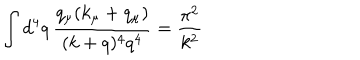
\int d ^ { 4 } q \, \frac { q _ { \mu } ( k _ { \mu } + q _ { \mu } ) } { ( k + q ) ^ { 4 } q ^ { 4 } } = \frac { \pi ^ { 2 } } { k ^ { 2 } }